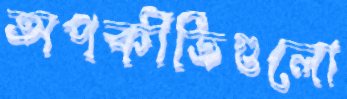
অপকীর্তিগুলো